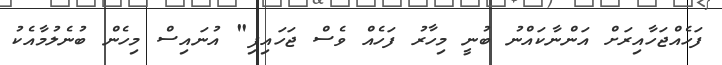
ފަހެއްޖަހާއިރަށް އަންނާކައްނު ބުނީ މިހާރު ފަހެއް ވެސް ޖަހައިފި" އުނައިސް މިހެން ބުނެލުމާއެކު